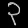
Digit: ၃